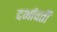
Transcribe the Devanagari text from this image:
दर्भावती